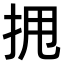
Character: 𫝺